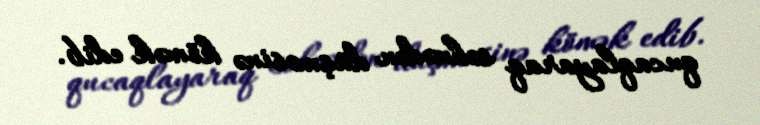
qucaqlayaraq səhnədən düşməsinə kömək edib.